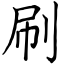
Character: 刷